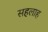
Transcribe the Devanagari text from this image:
सहलाह